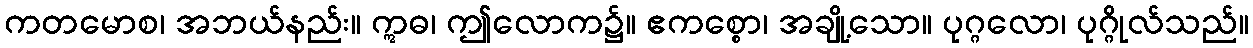
ကတမောစ၊ အဘယ်နည်း။ ဣဓ၊ ဤလောက၌။ ဧကစ္စော၊ အချို့သော။ ပုဂ္ဂလော၊ ပုဂ္ဂိုလ်သည်။